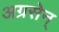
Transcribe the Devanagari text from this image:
अग्रसेन्